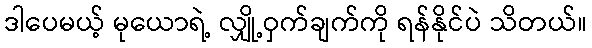
ဒါပေမယ့် မုယောရဲ့ လျှို့ဝှက်ချက်ကို ရန်နိုင်ပဲ သိတယ်။